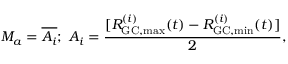
{ \cal M } _ { a } = { \overline { { { \cal A } _ { i } } } } ; ~ { \cal A } _ { i } = \frac { [ R _ { \mathrm { G C , m a x } } ^ { ( i ) } ( t ) - R _ { \mathrm { G C , m i n } } ^ { ( i ) } ( t ) ] } { 2 } ,